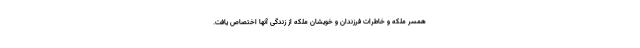
همسر ملکه و خاطرات فرزندان و خویشان ملکه از زندگی آنها اختصاص یافت.